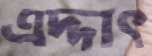
এদ্দাৎ